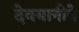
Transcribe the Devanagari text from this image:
देवयानीने